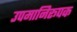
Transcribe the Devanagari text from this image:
उपमानिरूपक